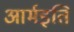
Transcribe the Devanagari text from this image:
आर्मइति